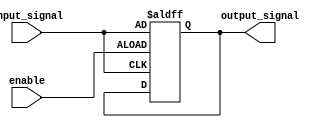
module enable_latch(
  input wire enable,
  input wire input_signal,
  output reg output_signal
);

always @ (posedge enable or posedge input_signal)
begin
  if(enable)
    output_signal <= input_signal;
end

endmodule